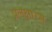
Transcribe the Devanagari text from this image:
प्रलक्षारस